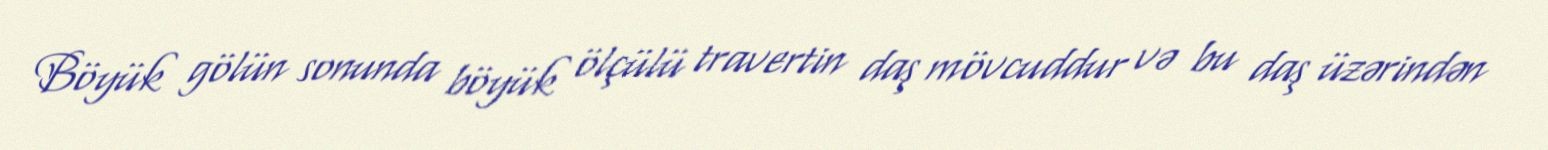
Böyük gölün sonunda böyük ölçülü travertin daş mövcuddur və bu daş üzərindən